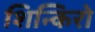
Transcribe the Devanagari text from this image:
शिन्किरो